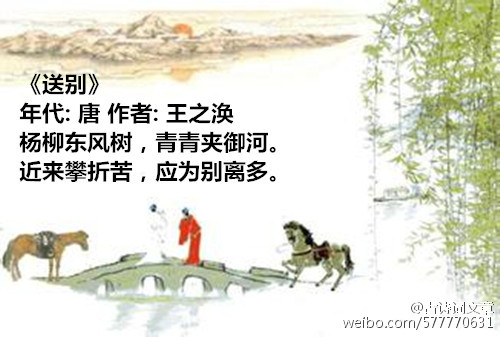
柳条折尽花飞尽，借问行人归不归？